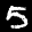
Label: 5